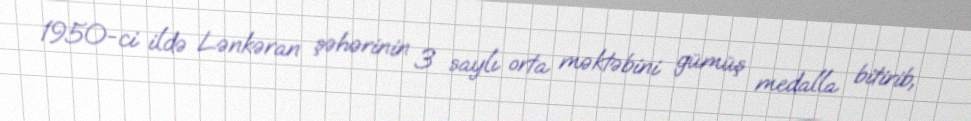
1950-ci ildə Lənkəran şəhərinin 3 saylı orta məktəbini gümüş medalla bitirib,